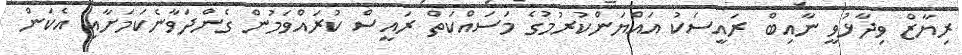
ރިޔާޒް ވިދާޅުވީ ނާއިބް ރައީސަކު އައްޔަންކުރުމުގެ މަަސައްކަތް ރައީސް ކުރައްވަމުން ގެންދަވާނެކަމަށާއި އެކަން